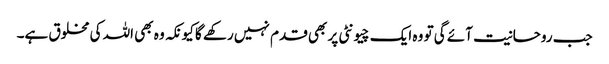
جب روحانیت آئے گی تو وہ ایک چیونٹی پر بھی قدم نہیں رکھے گا کیونکہ وہ بھی اللہ کی مخلوق ہے۔